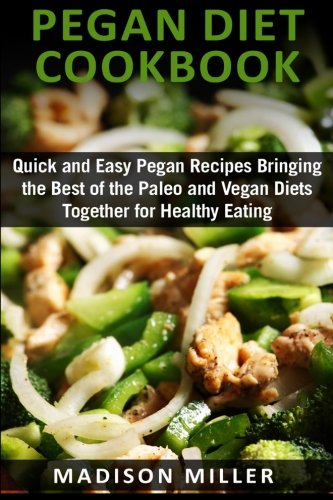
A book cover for Pegan Diet  Cookbook: Quick and Easy Pegan Recipes  Bringing the Best of  the Paleo and Vegan  Diets Together  for Healthy Eating; Madison Miller; Cookbooks, Food & Wine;